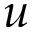
u